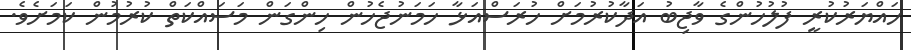
ހައްޔަރުކުރީ ފުލުހުންގެ ވާޖިބު އަދާކުރުމަށް ހުރަސްއަޅާ ހަމަނުޖެހުން ހިންގަން މަސައްކަތް ކުރުމުން ކަމަށެވެ.